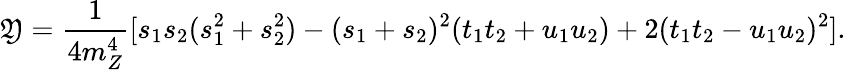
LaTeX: \mathfrak{Y}=\frac{{1}}{{4m_{Z}^{4}}}[s_{1}s_{2}(s_{1}^{2}+s_{2}^{2})-(s_{1}+s_{2})^{2}(t_{1}t_{2}+u_{1}u_{2})+2(t_{1}t_{2}-u_{1}u_{2})^{2}].